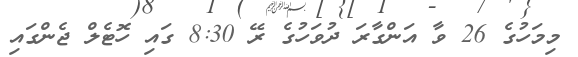
މިމަހުގެ 26 ވާ އަންގާރަ ދުވަހުގެ ރޭ 8:30 ގައި ހޮޓެލް ޖެންގައި